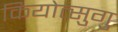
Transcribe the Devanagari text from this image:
कियोत्सुगु